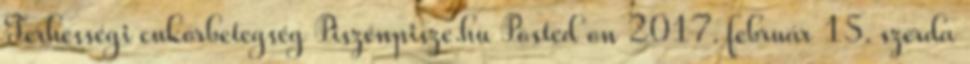
Terhességi cukorbetegség Piszénpisze.hu Posted on 2017. február 15. szerda